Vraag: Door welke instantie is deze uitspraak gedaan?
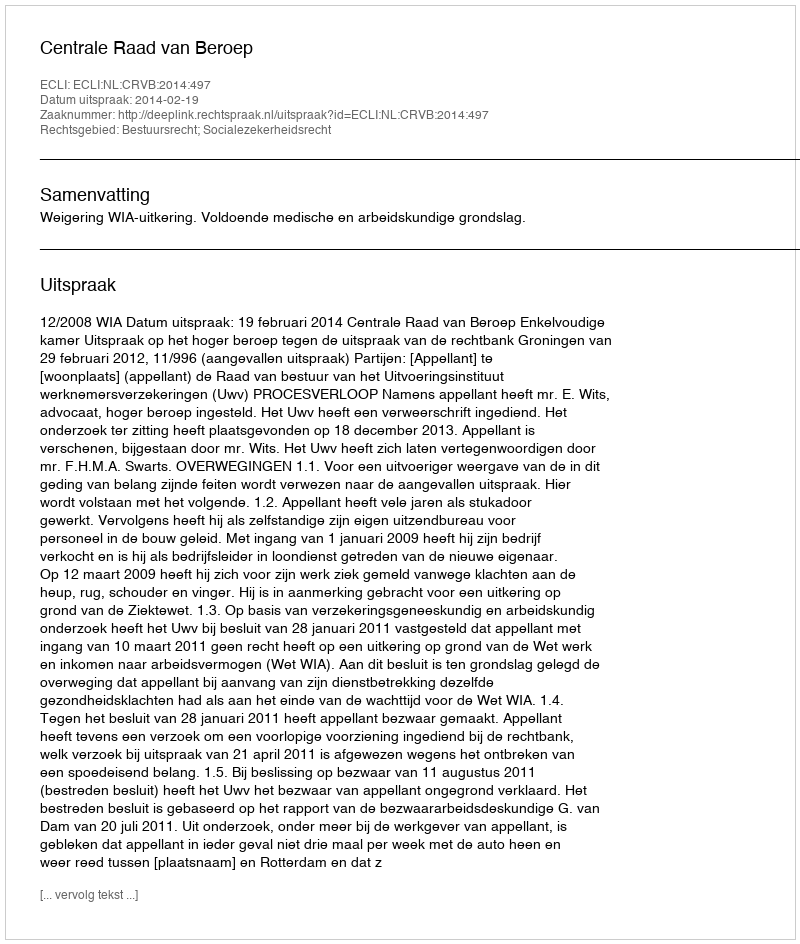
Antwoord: Centrale Raad van Beroep